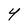
Character: Y